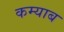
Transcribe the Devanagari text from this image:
कम्याब